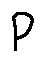
p